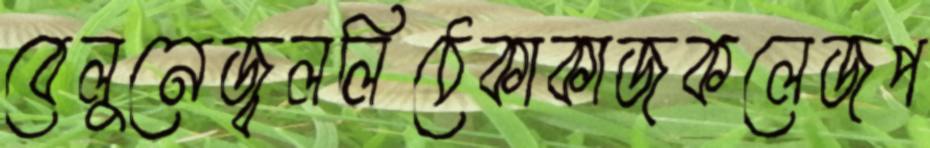
বেলুনেজ্বললিঠেকাকাজকলেজপ